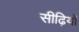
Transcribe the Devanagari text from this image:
सीढ़ियों